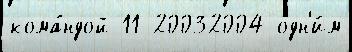
кома́ндой 11 20032004 одн'и́м